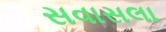
સવાસલા